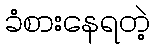
ခံစားနေရတဲ့